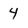
Character: 4